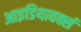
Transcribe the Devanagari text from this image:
आइडियावर्क्स